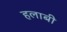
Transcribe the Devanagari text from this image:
हलाबी